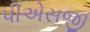
પીએસજી